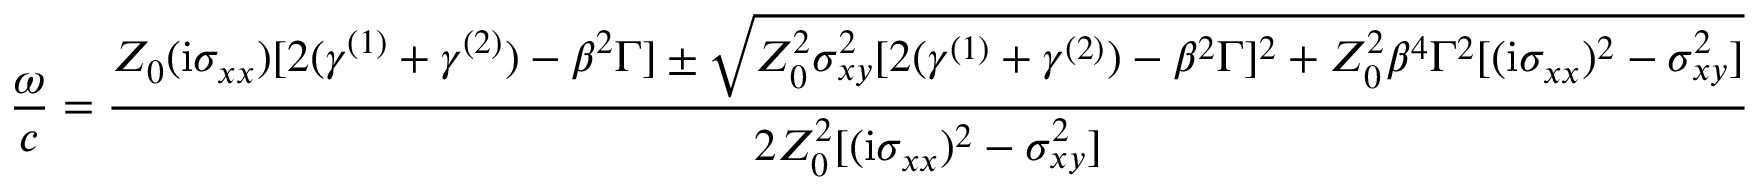
\frac { \omega } { c } = \frac { Z _ { 0 } ( \mathrm { i } \sigma _ { x x } ) [ 2 ( \gamma ^ { ( 1 ) } + \gamma ^ { ( 2 ) } ) - \beta ^ { 2 } \Gamma ] \pm \sqrt { Z _ { 0 } ^ { 2 } \sigma _ { x y } ^ { 2 } [ 2 ( \gamma ^ { ( 1 ) } + \gamma ^ { ( 2 ) } ) - \beta ^ { 2 } \Gamma ] ^ { 2 } + Z _ { 0 } ^ { 2 } \beta ^ { 4 } \Gamma ^ { 2 } [ ( \mathrm { i } \sigma _ { x x } ) ^ { 2 } - \sigma _ { x y } ^ { 2 } ] } } { 2 Z _ { 0 } ^ { 2 } [ ( \mathrm { i } \sigma _ { x x } ) ^ { 2 } - \sigma _ { x y } ^ { 2 } ] }